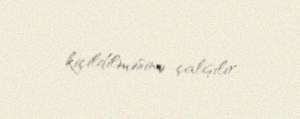
kiçildilməsinə çalışılır.